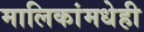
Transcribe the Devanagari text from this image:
मालिकांमधेही